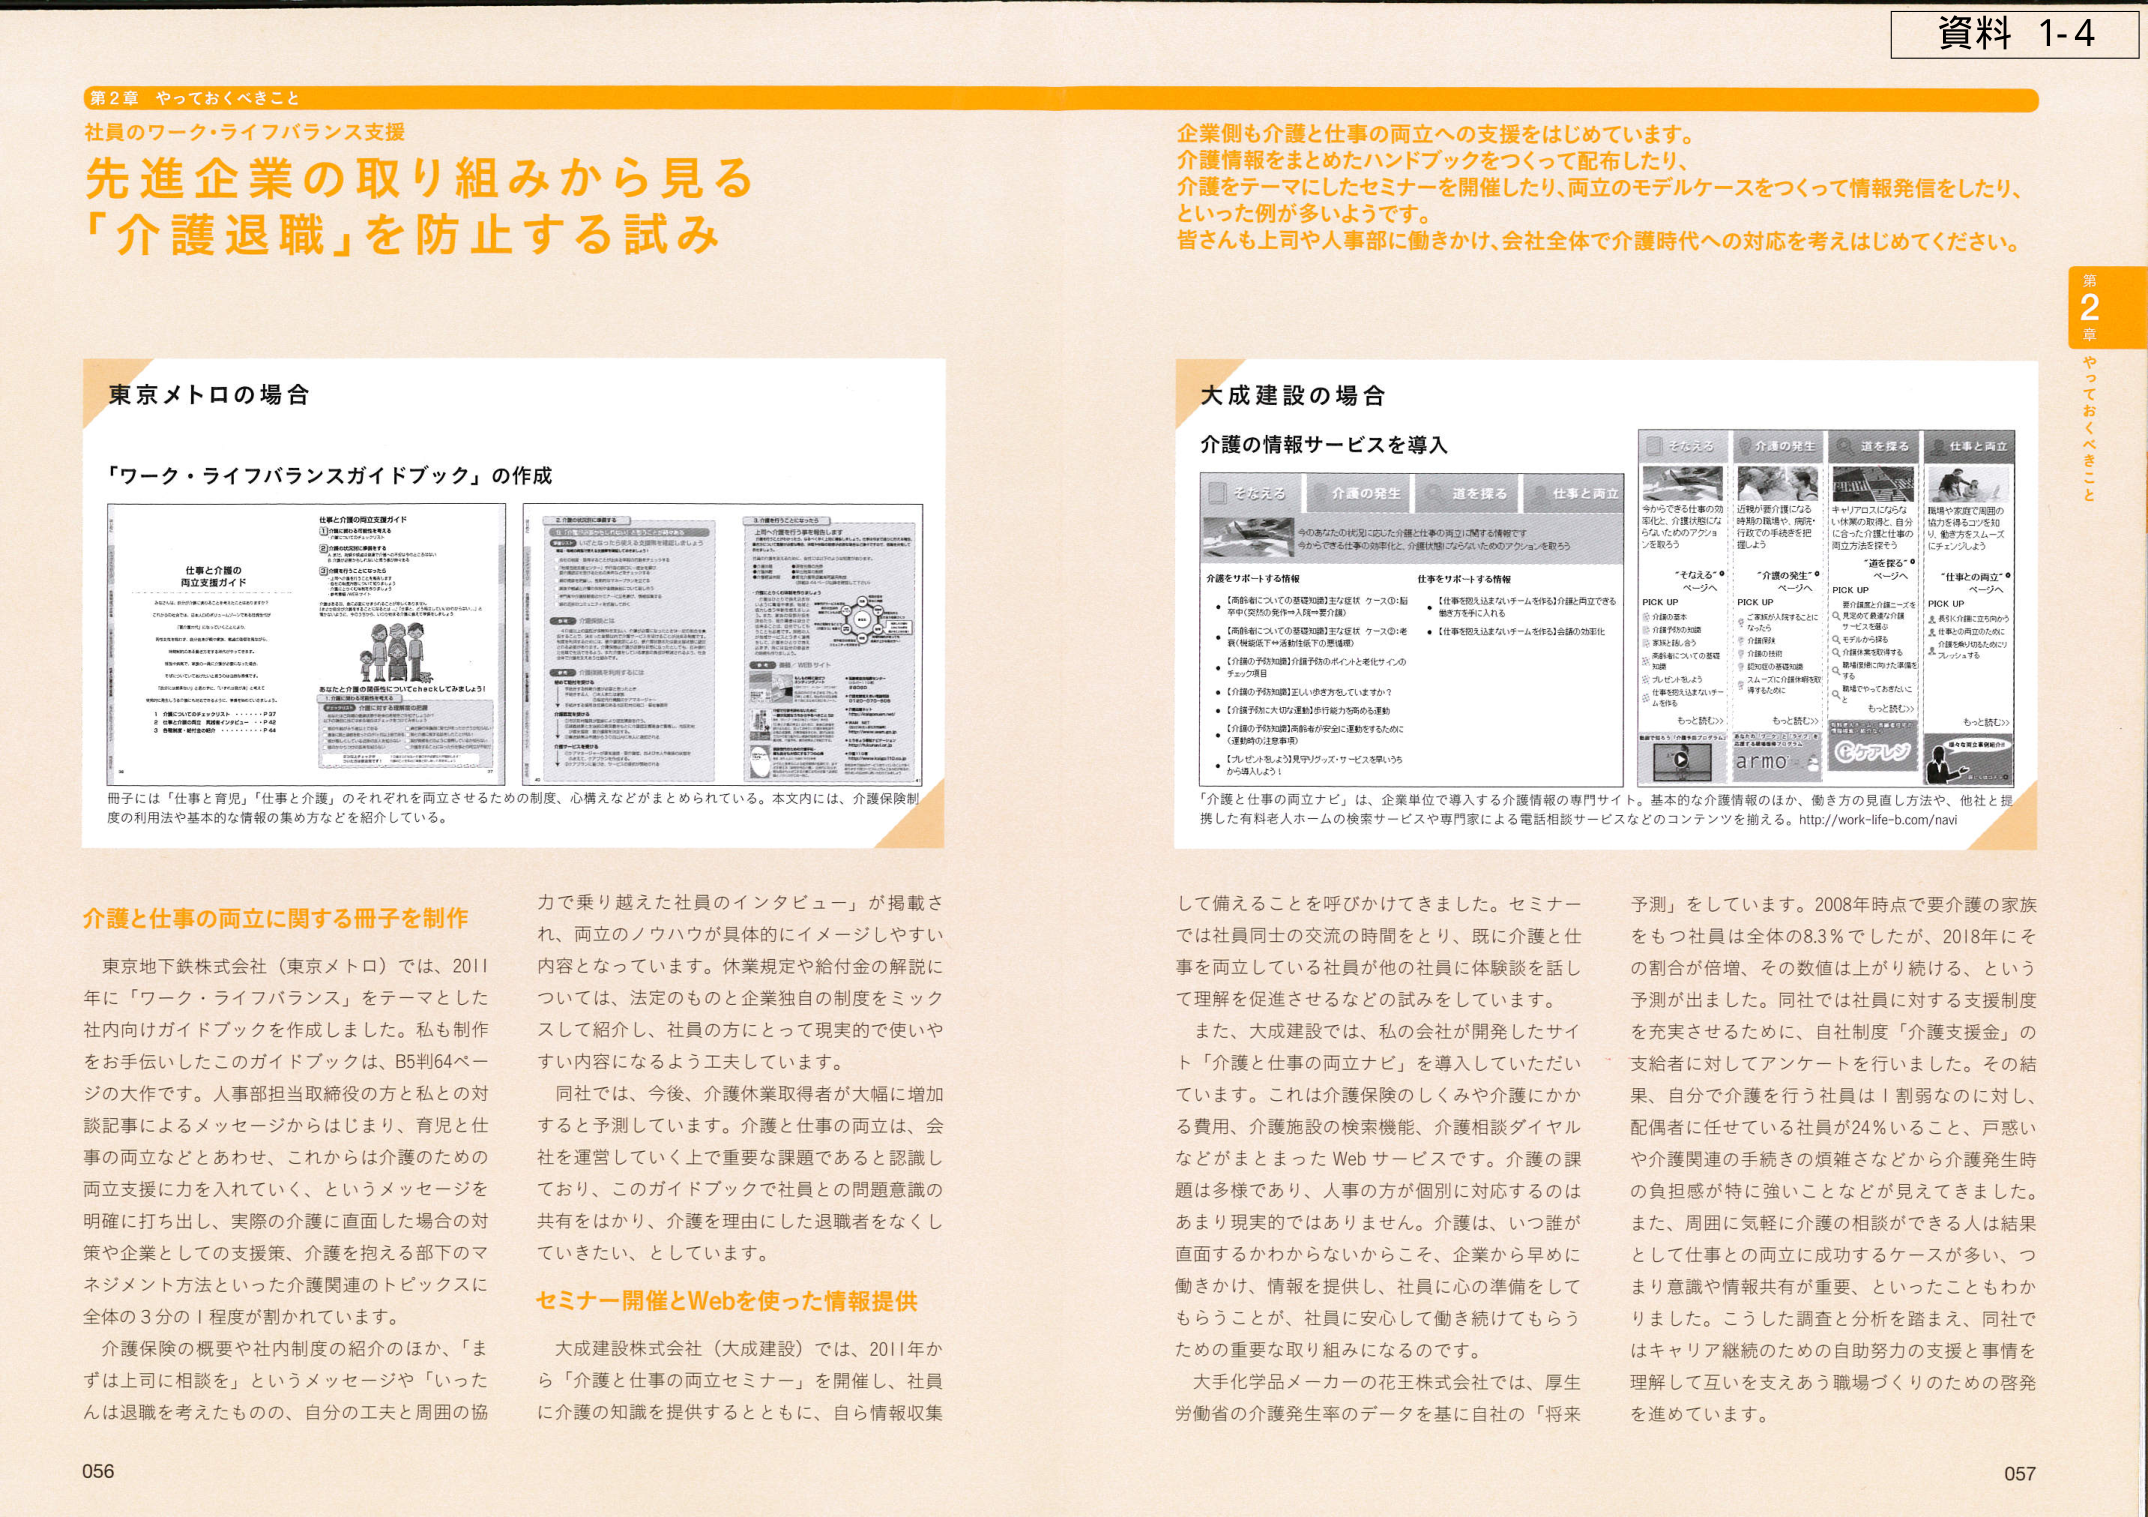
資料 1-4

第2章 やっておくべきこと
社員のワーク・ライフバランス支援
先進企業の取り組みから見る
「介護退職」を防止する試み

東京メトロの場合
「ワーク・ライフバランスガイドブック」の作成

仕事と介護の
両立支援ガイド

冊子には「仕事と育児」「仕事と介護」のそれぞれを両立させるための制度、心構えなどがまとめられている。本文内には、介護保険制度の利用法や基本的な情報の集め方などを紹介している。

介護と仕事の両立に関する冊子を制作
東京地下鉄株式会社（東京メトロ）では、2011年 に「ワーク・ライフバランス」をテーマとした社内向けガイドブックを作成しました。私も制作をお手伝いしたこのガイドブックは、B5判64ページの大作です。人事部担当取締役の方と私との対談記事によるメッセージからはじまり、育児と仕事の両立などとあわせ、これからは介護のための両立支援に力を入れていく、というメッセージを明確に打ち出し、実際の介護に直面した場合の対策や企業としての支援策、介護を抱える部下のマネジメント方法といった介護関連のトピックスに全体の3分の1程度が割かれています。

介護保険の概要や社内制度の紹介のほか、「まずは上司に相談を」というメッセージや「いったんは退職を考えたものの、自分の工夫と周囲の協力で乗り越えた社員のインタビュー」が掲載され、両立のノウハウが具体的にイメージしやすい内容となっています。休業規定や給付金の解説については、法定のものと企業独自の制度をミックスして紹介し、社員の方にとって現実的で使いやすい内容になるよう工夫しています。

同社では、今後、介護休業取得者が大幅に増加すると予測しています。介護と仕事の両立は、会社を運営していく上で重要な課題であると認識しており、このガイドブックで社員との問題意識の共有をはかり、介護を理由にした退職者をなくしていきたい、としています。

セミナー開催とWebを使った情報提供
大成建設株式会社（大成建設）では、2011年から「介護と仕事の両立セミナー」を開催し、社員に介護の知識を提供するとともに、自ら情報収集

企業側も介護と仕事の両立への支援をはじめています。介護情報をまとめたハンドブックをつくって配布したり、介護をテーマにしたセミナーを開催したり、両立のモデルケースをつくって情報発信をしたり、といった例が多いようです。皆さんも上司や人事部に働きかけ、会社全体で介護時代への対応を考えはじめてください。

大成建設の場合
介護の情報サービスを導入

そんえる 介護の発生 道を探る 仕事と両立

介護をサポートする情報
・【高齢者についての基礎知識】主な症状 ケース①：脳卒中（突然の発作→入院→要介護）
・【高齢者についての基礎知識】主な症状 ケース②：老衰（転倒症→生活動作低下→要介護）
・【介護の予防知識】介護予防のポイントと老化サインのチェック項目
・【介護の予防知識】正しい歩き方をしていますか？
・【介護予防に大切な運動】歩行能力を高める運動
・【介護の予防知識】高齢者が安全に運動するために（運動時の注意事項）
・【ルビンよろこび】見守りグッズ・サービスをいろいろか選んどう！

仕事もサポートする情報
・【仕事を抱え込まないチームを作る】介護と両立できる働き方を学べる
・【仕事を抱え込まないチームを作る】会議の効率化

「介護と仕事の両立ナビ」は、企業単位で導入する介護情報の専門サイト。基本的な介護情報のほか、働き方の見直し方法や、他社と提携した有料老人ホームの検索サービスや専門家による電話相談サービスなどのコンテンツを揃える。http://work-life-b.com/navi

して備えることを呼びかけてきました。セミナーでは社員同士の交流の時間をとり、既に介護と仕事を両立している社員が他の社員に体験談を話し、理解を促進させるなどの試みをしています。

また、大成建設では、私の会社が開発したサイト「介護と仕事の両立ナビ」を導入していただいています。これは介護保険のしくみや介護にかかる費用、介護施設の検索機能、介護相談ダイヤルなどがまとめたWebサービスです。介護の課題は多様であり、人事の方が個別に対応するのはあまり現実的ではありません。介護は、いつ誰が直面するかわからないからこそ、企業から早めに働きかけ、情報を提供し、社員に心の準備をしてもらうことが、社員に安心して働き続けてもらうための重要な取り組みになるのです。

大手化学品メーカーの花王株式会社では、厚生労働省の介護発生率のデータを基に自社の「将来予測」をしています。2008年時点で要介護の家族をもつ社員は全体の8.3％でしたが、2018年にその割合が倍増、その数値は上がり続ける、という予測が出ました。同社では社員に対する支援制度を充実させるために、自社制度「介護支援金」の支給者に対してアンケートを行いました。その結果、自分で介護を行う社員が1割弱なのに対し、配偶者に任せている社員が24％ないこと、戸惑いや介護関連の手続きの煩雑さなどから介護発生時の負担感が特に強いことなどが見えてきました。また、周囲に気軽に介護の相談ができる人は結果として仕事との両立に成功するケースが多い、つまり意識や情報共有が重要、といったこともわかりました。こうした調査と分析を踏まえ、同社ではキャリア継続のための自助努力の支援と事情を理解して互いを支えあう職場づくりのための啓発を進めています。

056
057